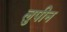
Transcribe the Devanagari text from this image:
लुपीन